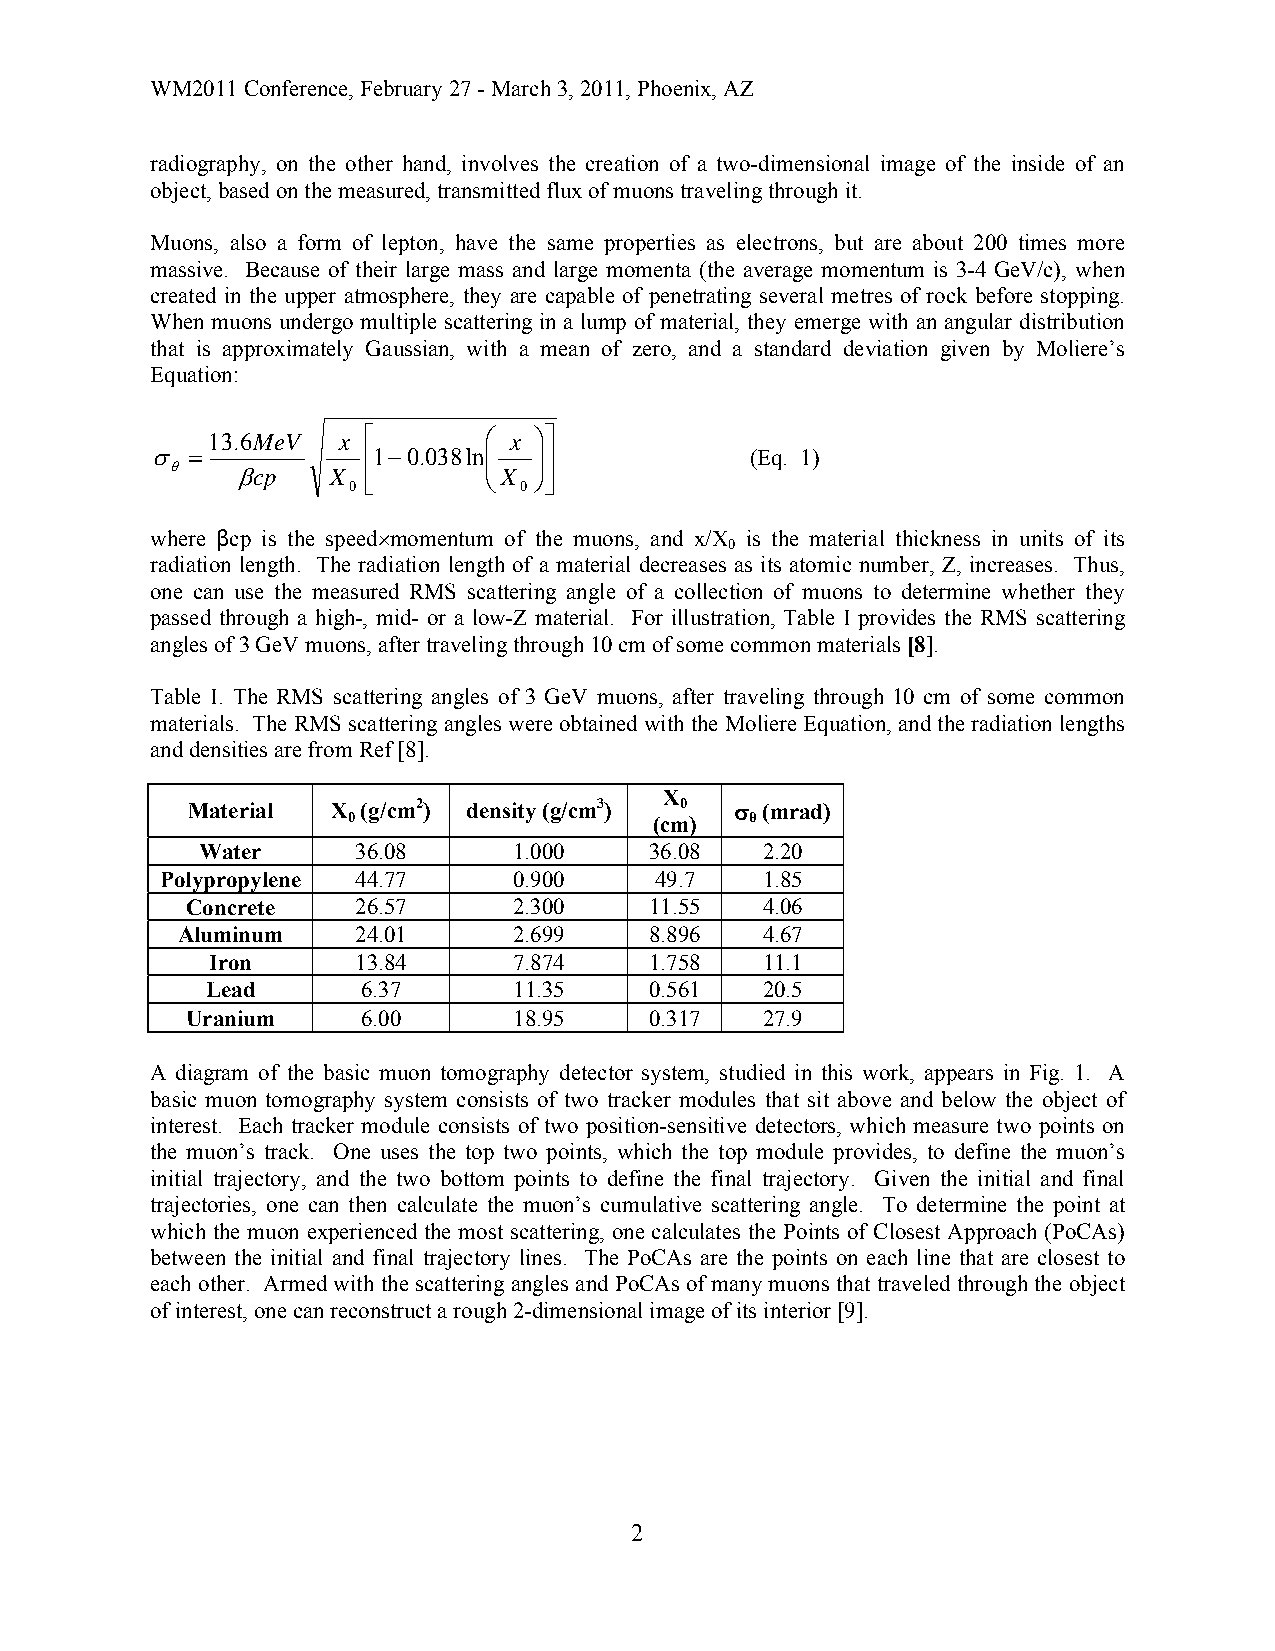
WM2011 Conference, February 27 - March 3, 2011, Phoenix, AZ
 radiography, on the other hand, involves the creation of a two-dimensional image of the inside of an
 object, based on the measured, transmitted flux of muons traveling through it.
 Muons, also a form of lepton, have the same properties as electrons, but are about 200 times more
 massive. Because of their large mass and large momenta (the average momentum is 3-4 GeV/c), when
 created in the upper atmosphere, they are capable of penetrating several metres of rock before stopping.
 When muons undergo multiple scattering in a lump of material, they emerge with an angular distribution
 that is approximately Gaussian, with a mean of zero, and a standard deviation given by Moliere’s
 Equation:
 13.6MeV x ⎡       ⎛ x ⎞⎤
 σ
 θ
 =
 βcp   X
 ⎢1−0.038ln ⎜⎜
 X
 ⎟⎟⎥            (Eq. 1)
 0 ⎣      ⎝ 0 ⎠⎦
 where βcp is the speed×momentum of the muons, and x/X is the material thickness in units of its
 0
 radiation length. The radiation length of a material decreases as its atomic number, Z, increases. Thus,
 one can use the measured RMS scattering angle of a collection of muons to determine whether they
 passed through a high-, mid- or a low-Z material. For illustration, Table I provides the RMS scattering
 angles of 3 GeV muons, after traveling through 10 cm of some common materials [8].
 Table I. The RMS scattering angles of 3 GeV muons, after traveling through 10 cm of some common
 materials. The RMS scattering angles were obtained with the Moliere Equation, and the radiation lengths
 and densities are from Ref [8].
 X
 Material  X (g/cm2) density (g/cm3) 0 σ (mrad)
 0                   (cm)   θ
 Water      36.08     1.000    36.08  2.20
 Polypropylene 44.77    0.900    49.7   1.85
 Concrete    26.57     2.300    11.55  4.06
 Aluminum    24.01     2.699    8.896  4.67
 Iron      13.84     7.874    1.758  11.1
 Lead      6.37      11.35    0.561  20.5
 Uranium     6.00      18.95    0.317  27.9
 A diagram of the basic muon tomography detector system, studied in this work, appears in Fig. 1. A
 basic muon tomography system consists of two tracker modules that sit above and below the object of
 interest. Each tracker module consists of two position-sensitive detectors, which measure two points on
 the muon’s track. One uses the top two points, which the top module provides, to define the muon’s
 initial trajectory, and the two bottom points to define the final trajectory. Given the initial and final
 trajectories, one can then calculate the muon’s cumulative scattering angle. To determine the point at
 which the muon experienced the most scattering, one calculates the Points of Closest Approach (PoCAs)
 between the initial and final trajectory lines. The PoCAs are the points on each line that are closest to
 each other. Armed with the scattering angles and PoCAs of many muons that traveled through the object
 of interest, one can reconstruct a rough 2-dimensional image of its interior [9].
 2